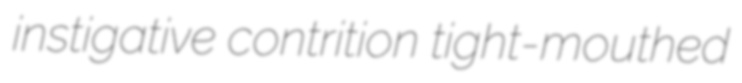
instigative contrition tight-mouthed